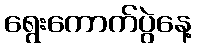
ရွေးကောက်ပွဲနေ့